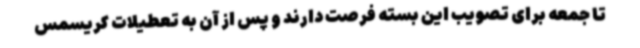
تا جمعه برای تصویب این بسته فرصت دارند و پس از آن به تعطیلات کریسمس